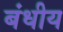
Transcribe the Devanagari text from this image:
बंधीय